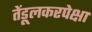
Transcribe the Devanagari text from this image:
तेंडूलकरपेक्षा